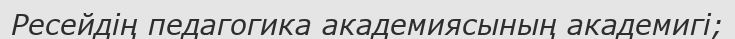
Ресейдің педагогика академиясының академигі;